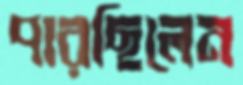
পারছিলেন